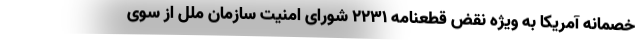
خصمانه آمریکا به ویژه نقض قطعنامه ۲۲۳۱ شورای امنیت سازمان ملل از سوی